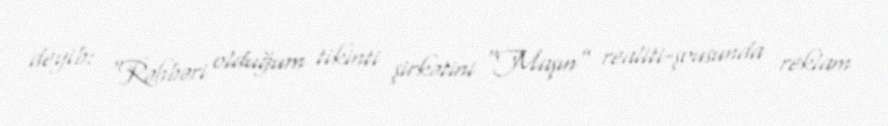
deyib: “Rəhbəri olduğum tikinti şirkətini “Maşın” realiti-şousunda reklam